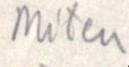
Miten